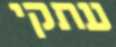
עתקי